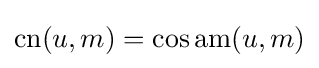
\operatorname {cn} (u,m)=\cos \operatorname {am} (u,m)